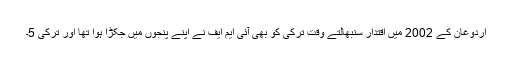
اردوغان کے 2002 میں اقتدار سنبھالتے وقت ترکی کو بھی آئی ایم ایف نے اپنے پنجوں میں جکڑا ہوا تھا اور ترکی 5۔